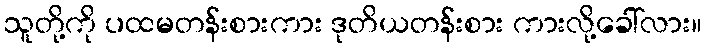
သူတို့ကို ပထမတန်းစားကား ဒုတိယတန်းစား ကားလို့ခေါ်လား။